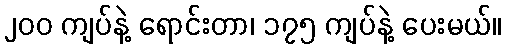
၂၀၀ ကျပ်နဲ့ ရောင်းတာ၊ ၁၇၅ ကျပ်နဲ့ ပေးမယ်။